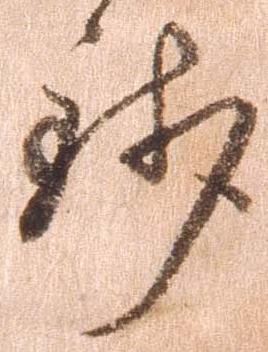
銭